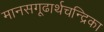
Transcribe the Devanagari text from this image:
मानसगूढार्थचन्द्रिका